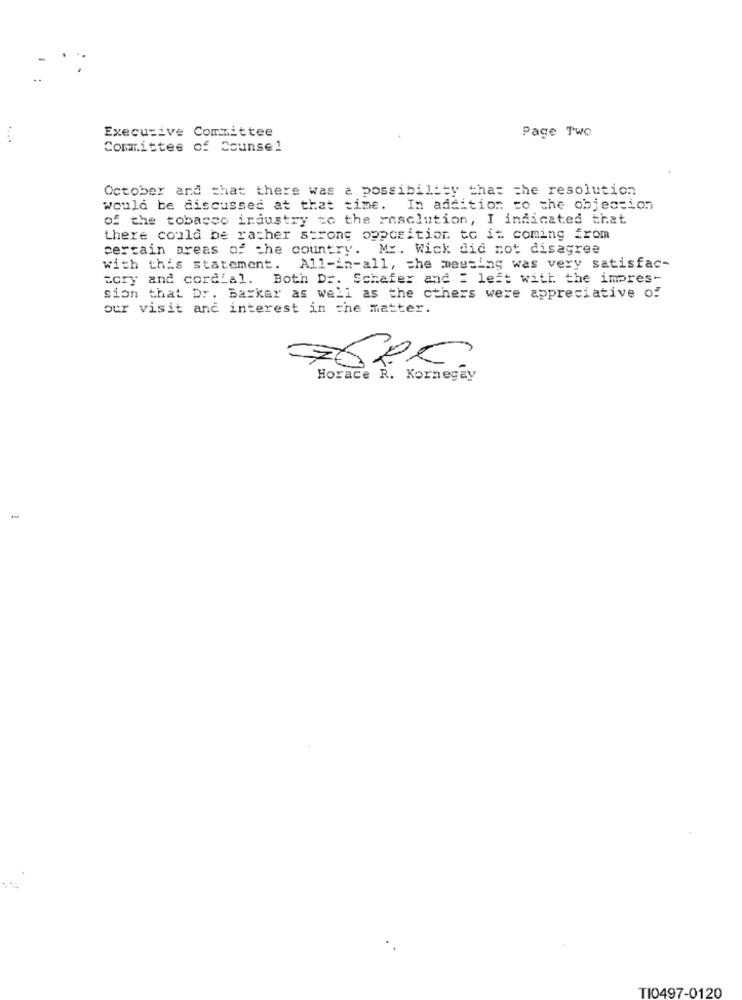
Executive Committee
Page Two
Committee of Counsel
October and that there was a possibility that the resolution
would be discussed at that time. In addition to the objection
of the tobacco industry to the resolution, I indicated that
there could be rather strons opposition to it coming from
certain areas of the country. Mr. Wick did not disagree
with this statement. All-in-all, the meeting was very satisfac-
tory and cordial. Both Dr. Schafer and : left with the impres-
sion that Dr. Barker as well as the others were appreciative of
our visit and interest in the matter.
76PC.
Horace R. Kornegay
TI0497-0120